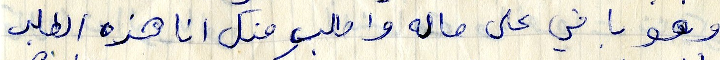
وهو باقي على حاله واطلب منك انا هذه الطلب